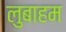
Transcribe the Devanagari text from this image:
लुबाहम